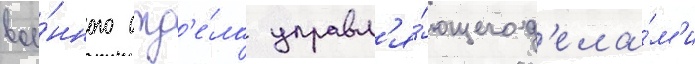
вое́нного отд'е́ла управл'я́ющего д'ела́м'и